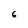
Character: 6